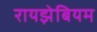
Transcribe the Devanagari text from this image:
रायझेबियम